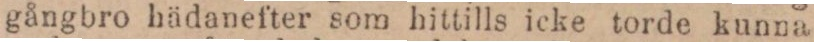
gångbro hädanefter som hittills icke torde kunna